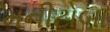
મનીટોબા